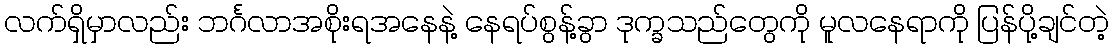
လက်ရှိမှာလည်း ဘင်္ဂလာအစိုးရအနေနဲ့ နေရပ်စွန့်ခွာ ဒုက္ခသည်တွေကို မူလနေရာကို ပြန်ပို့ချင်တဲ့